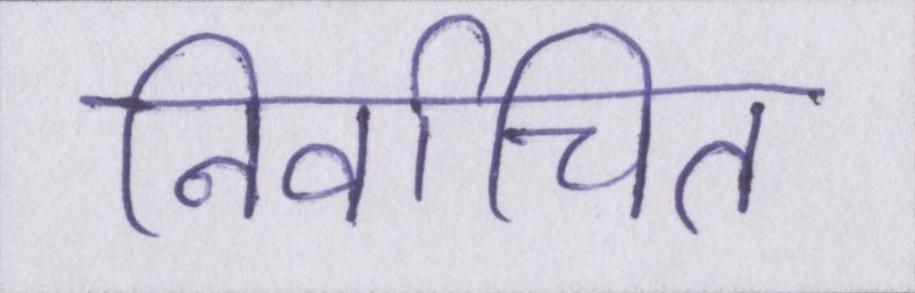
निर्वाचित